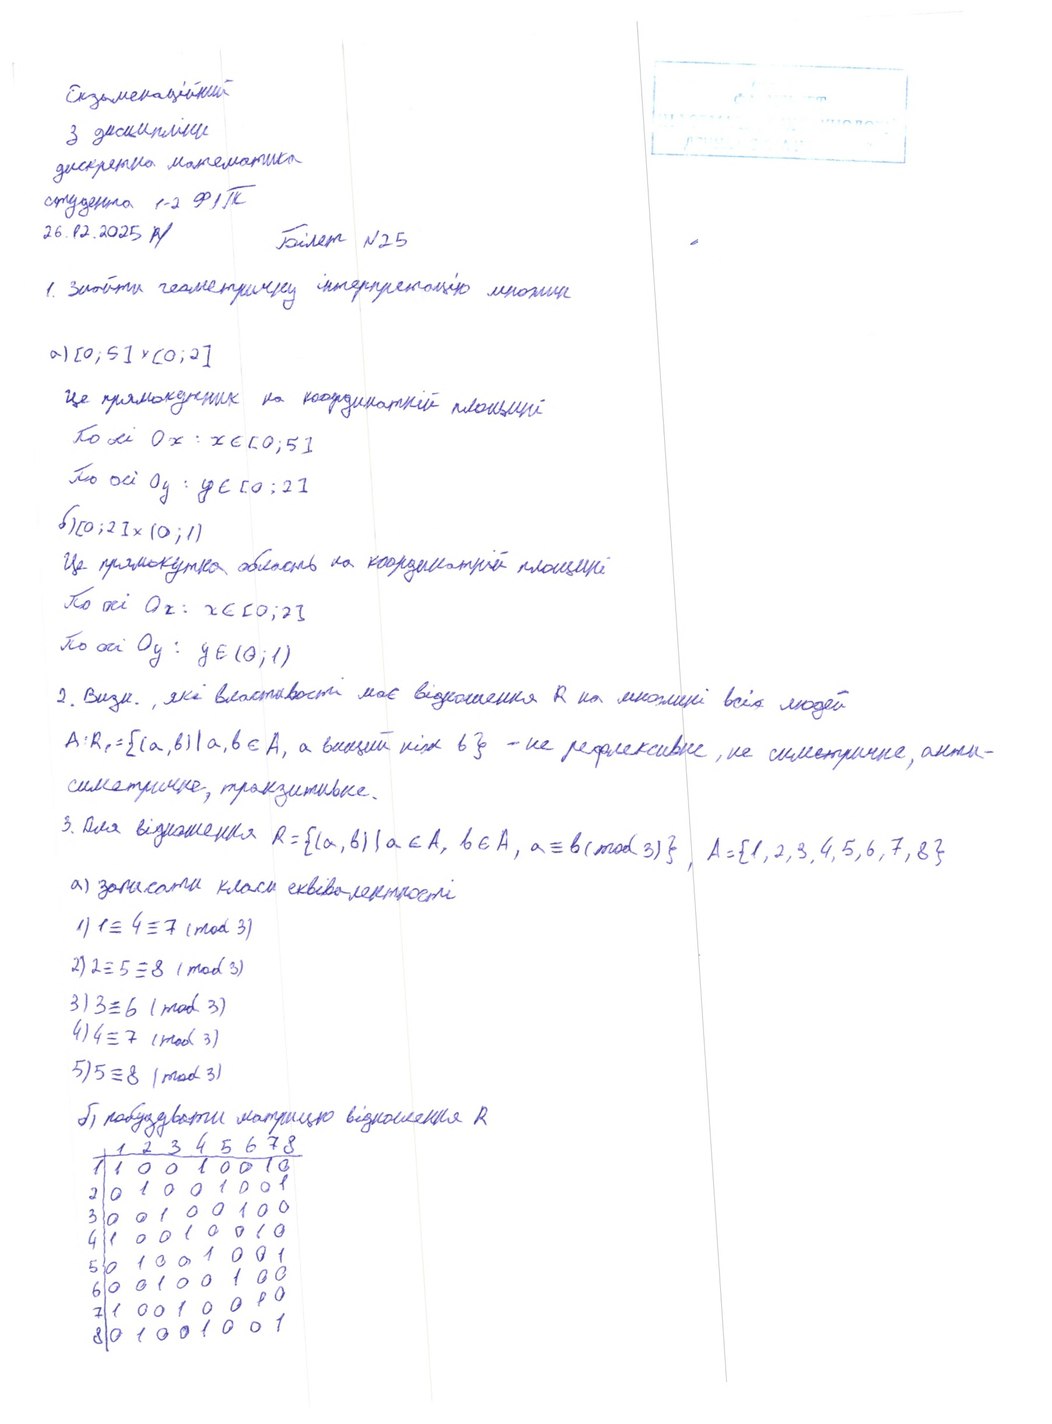
Екзаменаційний
з дисципліни
дискретна математика
студента 1-2 ФІП
26.12.2025 ~~py~~
Білет№ 25
1. Знайти геометричну інтерпретацію множин
a) [0; 5] x [0; 2]
Це прямокутник на координатній площині
По осі  Ох : x ∈ [0; 5]
По осі Oy : y ∈ [0 ; 2]
6) [0; 2] x (0; 1)
Це прямокутна область на координатній площині
По осі Ox: x ∈ [0; 2]
По осі Oy: y ∈ (0; 1)
2. Визн., які властивості має відношення R на множині всіх людей
A: R_1 = {(a, b) | a, b ∈ A, a вищий від b} - не рефлексивне, не симетричне, анти-
симетричне, транзитивне.
3. Для відношення R = {(a,b)|acA? bcA, a ≡ b(mod(3)},  A = {1,2,3,4,5,6,7,8}
а) записати класи еквівалентності
1) 1 ≡ 4 ≡ 7 (mod 3)
2) 2 ≡ 5 ≡ 8 (mod 3)
3) 3 ≡ 6 (mod 3)
4) 4 ≡ 7 (mod 3)
5) 5 ≡ 8 (mod 3)
б) побудувати матрицю відношення R
|1|2|3|4|5|6|7|8
1|1|0|0|1|0|0|1|0
2|0|1|0|0|1|0|0|1
3|0|0|1|0|0|1|0|0
4|1|0|0|1|0|0|1|0
5|0|1|0|0|1|0|0|1
6|0|0|1|0|0|1|0|0
7|1|0|0|1|0|0|1|0
8|0|1|0|0|1|0|0|1